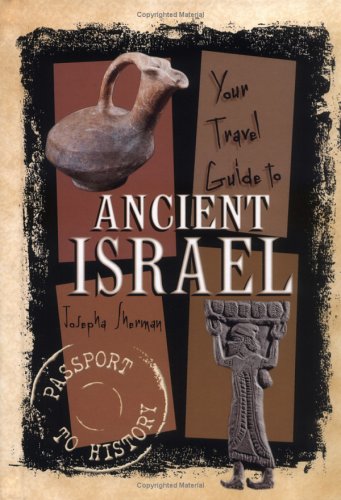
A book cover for Your Travel Guide to Ancient Israel (Passport to History); Josepha Sherman; Children's Books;